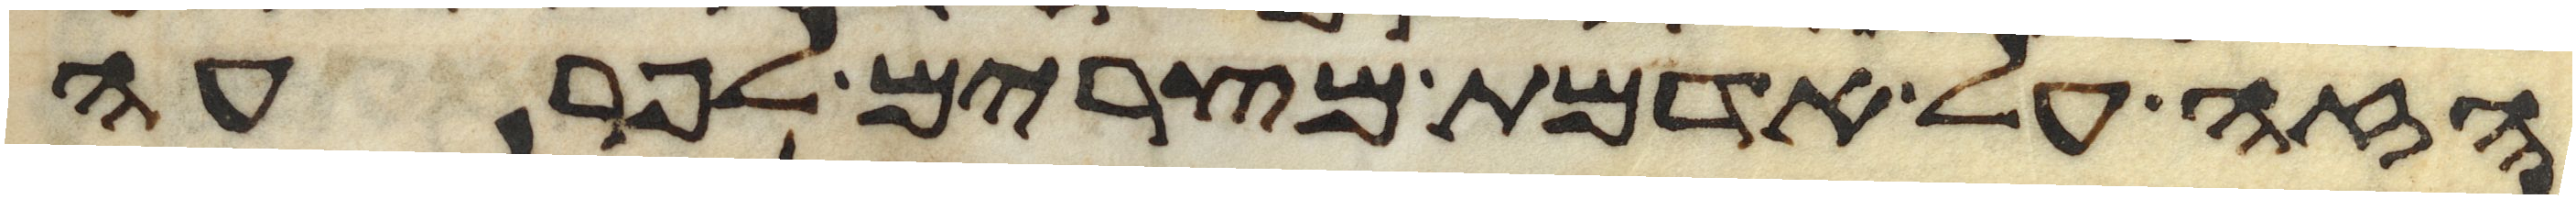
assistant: הזה על אדמת מצרים לפרעה